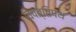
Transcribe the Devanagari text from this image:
विपत्तिपथ